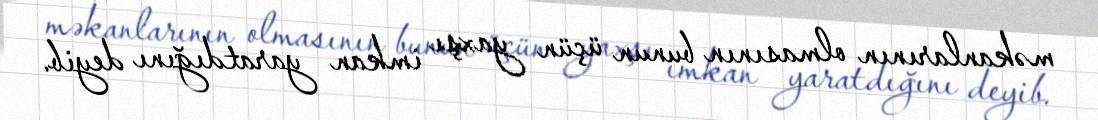
məkanlarının olmasının bunun üçün yaxşı imkan yaratdığını deyib.